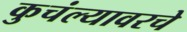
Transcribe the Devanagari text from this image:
कुचंल्यावरचे